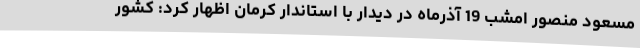
مسعود منصور امشب 19 آذرماه در دیدار با استاندار کرمان اظهار کرد: کشور